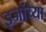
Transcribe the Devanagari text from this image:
इजांच्या